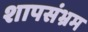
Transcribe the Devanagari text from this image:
शापसंभ्रम